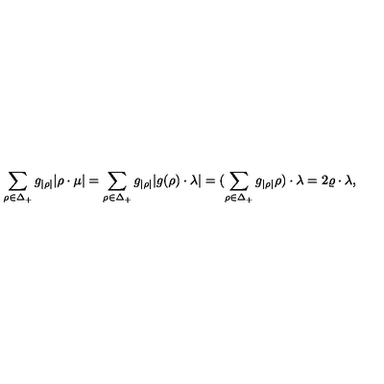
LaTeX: \sum _ { \rho \in \Delta _ { + } } { g _ { | \rho | } } | \rho \cdot \mu | = \sum _ { \rho \in \Delta _ { + } } { g _ { | \rho | } } | g ( \rho ) \cdot \lambda | = ( \sum _ { \rho \in \Delta _ { + } } { g _ { | \rho | } } \rho ) \cdot \lambda = 2 \varrho \cdot \lambda ,